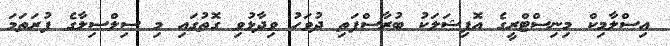
އިސްލާމިކް މިނިސްޓްރީގެ އޮފިޝަލަކު ބުރާސްފަތި ދުވަހު ވިދާޅުވި ގޮތުގައި މި ސިލްސިލާގެ ފުރަތަމަ